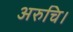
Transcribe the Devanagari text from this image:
अरुचि।